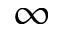
\infty